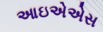
આઇએએસ